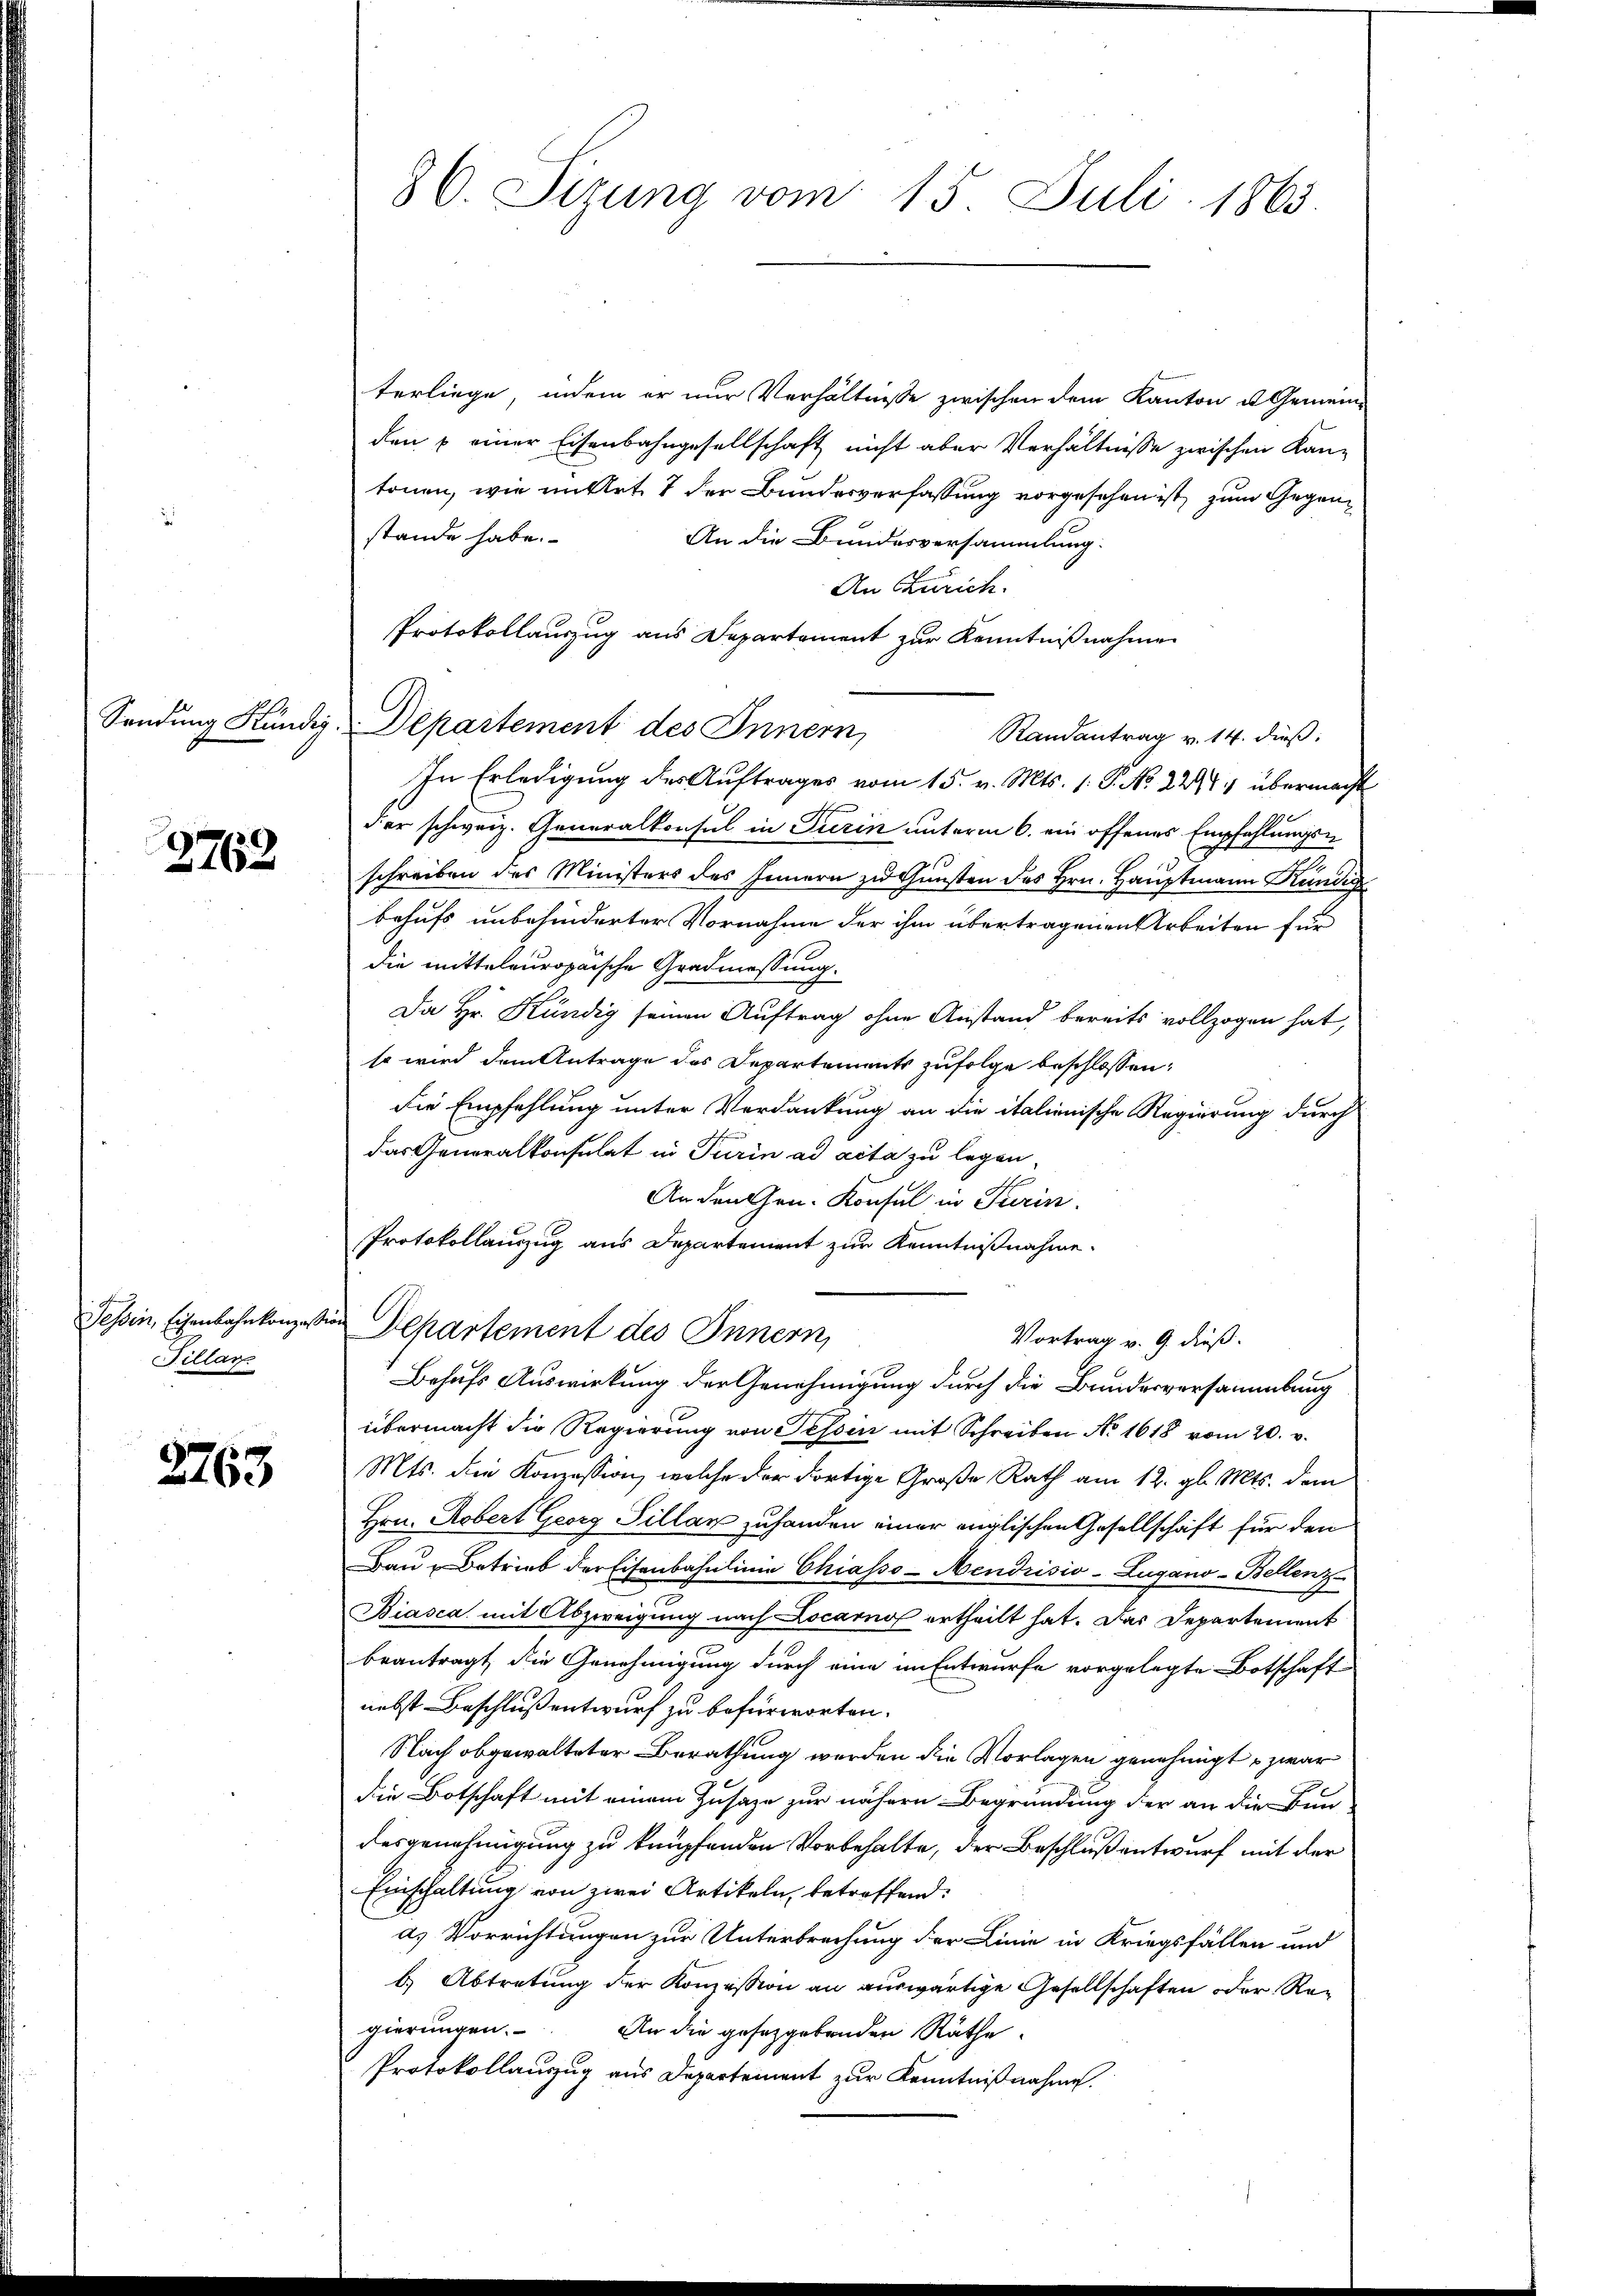
2762.

Tessin, Eisenbahnkonzes
Tillar

2763

terliege, indem er nur Verhältnisse zwischen dem Kanton u Gemeinden u einer Eisenbahngesellschaft nicht aber Verhältnisse zwischen Kan-
tonen, wie in Art. 7 der Bundesverfassung vorgesehen ist, zum Gegenstande habe.
An die Bundesversammlung.
An Zürich.
Protokollauszug aus Departement zur Kenntnißnahme
Sendung Händig, Departement des Innern
Randantrag v. 14. dieß:
In Erledigung des Auftrages vom 15. v. Mts. 1. P. No 2244 übermacht
der schweiz. Generalkonsul in Turin unterm 6. ein offenes Empfehlungsd
schreiben des Ministers des Innern zu Gunsten des Hrn. Hauptmann Kundig
behufs unbehinderter Vornahme der ihm übertragenen Arbeiten für
die mitteleuropaische Gradmessung.
Da Hr. Kündig seinen Auftrag ohne Anstand bereits vollzogen hat,
so wird dem Antrage des Departements zufolge beschlossen:
die Empfehlung unter Verdankung an die italienische Regierung durch
das Generalkonsulat in Turin ad acta zu legen
Andenten. Konsul in Turin.
Protokollauszug aus Departement zur Kenntnißnahme.
von Departement des Innern,
Vortrag v. 9. dieß.
Behufs Auswirkung der Genehmigung durch die Bundesversammlung
übermacht die Regierŭng von Tessin mit Schreiben No 1618 vom 20. v.
Mts. die Konzession, welche der dortige Große Rath am 12. gl. Mts. dem
Hrn. Robert Georg Sillan zuhanden einer englischen Gesellschaft für den
Bau Betrieb der Eisenbahnlinie Chiasso-Mendrisio-Lugano-Bellenz
Biasca mit Abzweigung nach Locarno ertheilt hat. Das Departement
beantragt, die Genehmigung durch eine im Entwurfe vorgelegte Botschaft
nebst Beschluß entwurf zu befürworten.
Nach obgewalteter Berathung werden die Vorlagen genehmigt zwar
die Botschaft mit einem Zusage zur nähern Begründung der an die Bun-
desgenehmigung zu knüpfenden Vorbehalte, der Beschluß entwurf mit der
Einschaltung von zwei Artikeln, betreffend:
a. Vorrichtungen zur Unterbrechung der Linie in Kriegsfällen und
b.) Abtretung der Konzession an auswärtige Gesellschaften oder Regierungen. An die gesetzgebenden Räthe
Protokollauszug aus Departement zur Kenntnißnahmen.

36. Sizung vom 15. Juli 1863.